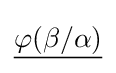
{\underline {\varphi (\beta /\alpha )}}\,\!